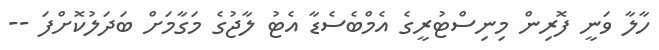
ހާލާ ވަނީ ފޮރިން މިނިސްޓުރީގެ އެމްބެސެޑާ އެޓު ލާޖުގެ މަގާމަށް ބަދަލުކޮށްފަ --